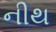
નીથ